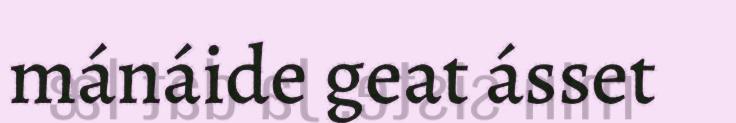
mánáide geat ásset